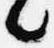
々